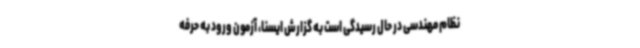
نظام مهندسی در حال رسیدگی است به گزارش ایسنا، آزمون ورود به حرفه